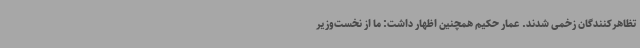
تظاهرکنندگان زخمی شدند. عمار حکیم همچنین اظهار داشت: ما از نخست‌وزیر